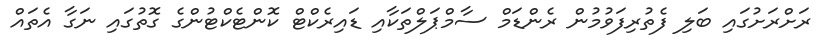
ރަށްރަށުގައި ބަލި ފެތުރިފަވުމުން ރެންޑަމް ސާމްޕަލްތަކާއި ޑައިރެކްޓް ކޮންޓެކްޓުންގެ ގޮތުގައި ނަގާ އެތައް